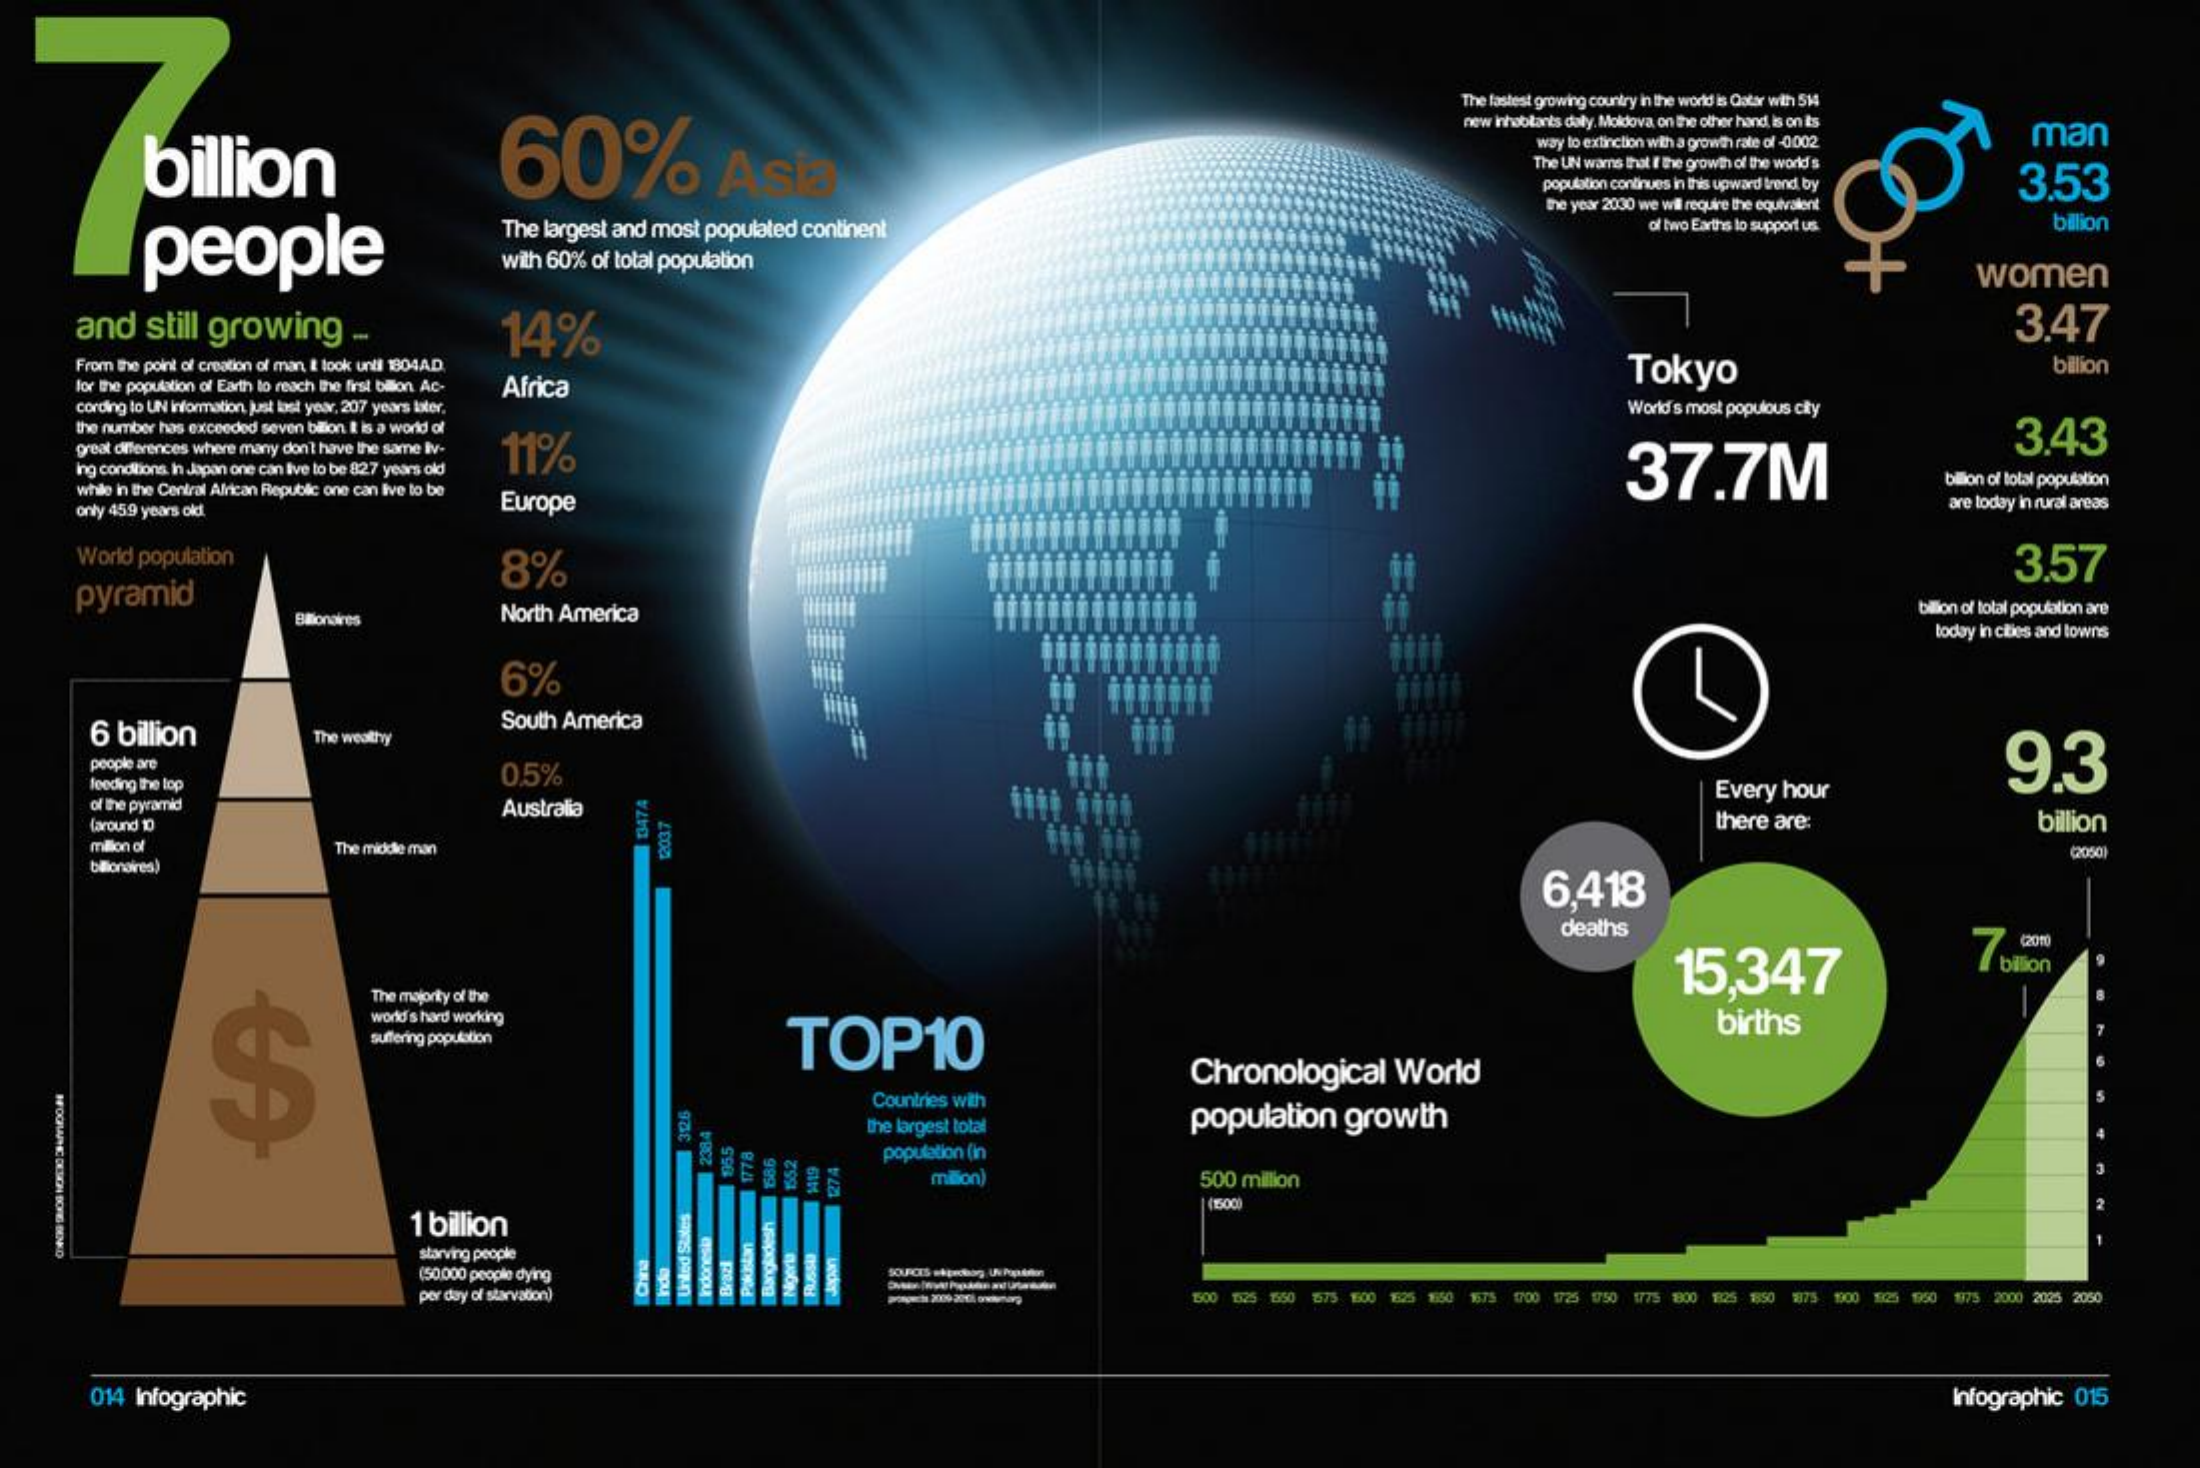
60%    Asia
     The fastest growing country in the world is Qatar with 51
     billion
     new inhabitants daly. Moldova, on the other hand, is on its
     way to extinction with a growth rate of -0002 man
     The UN warns that If the growth of the world's
     population continues in this upward trend by 3.53
     the year 2030 we wil require the equivalent
     people
     The largest and most populated continent    of two Earths to support us. billion
     with 60% of total population    women
     and  still growing -    14%    3.47
     From the point of creation of man, I look unll 1804.A.D.
     Africa
     Tokyo    billion
     for the population of Earth to reach the first billion Ac-
     cording to UN information. just last year, 207 years later,    World's most populous city
     the number has exceeded seven bilion I is a world of
     great differences where many don't have the same Iv- 11%    37.7M
     3.43
     Ing conditions, In Japan one can live lo be 827 years old
     while in the Central African Republic one can live to be
     bilion of total population
     only 459 years old    Europe    are today in rural areas
     World population    8%    3.57
     pyramid
     Bilionaires   North America    bilion of total population are
     today in cities and towns
     6%
     6 billion    The wealthy
     South America
     people are    9.3
     feeding the lop
     0,5%
     of the pyramid    Australia
     Every hour
     (around 1D    there are:    billion
     milion of
     33474
     The middle man    12037
     6.418
     deaths
     15,347    7 bilion
     (2010
     S
     The majority of the
     world's hard working
     TOP10
     births
     suffering population
     Countries with
     Chronological World
     the largest total    population growth
     population (in
     3126
     2384
     million)    500 million
     855 1778 686
     1 billion
     (1500)
     starving people
     (50:000 people dying
     per day of starvation)    1500 1325 1550 1575 1600 1625 1650 1675 1700 1725 1750 1775 800 825 18850 1875 800 1825 1960 1975 2000 2025 2050
     Indonesia Brazi Japan FAUSSE Pakistan Bangladesh United
     States
     Nigeria
     014 Infographic    Infographic 015